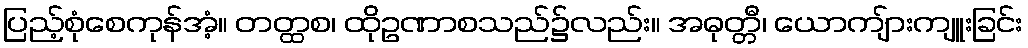
ပြည့်စုံစေကုန်အံ့။ တတ္ထစ၊ ထိုဥဏာစသည်၌လည်း။ အဓုတ္တီ၊ ယောကျ်ားကျူးခြင်း